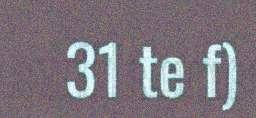
31 te f)